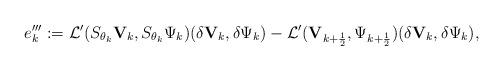
LaTeX: \begin{align*}e'''_k:=\mathcal{L}'(S_{\theta_k}{\mathbf V}_k,S_{\theta_k}\Psi_k)(\delta {\mathbf V}_k,\delta\Psi_k)-\mathcal{L}'({\mathbf V}_{k+\frac{1}{2}},\Psi_{k+\frac{1}{2}})(\delta {\mathbf V}_k,\delta\Psi_k),\end{align*}